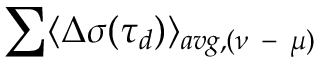
\sum \langle \Delta \sigma ( \tau _ { d } ) \rangle _ { a v g , ( \nu \mathrm { ~ - ~ } \mu ) }